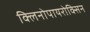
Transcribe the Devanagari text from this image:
क्लिनोपायरोक्सिन